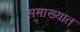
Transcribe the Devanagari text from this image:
समाख्यात